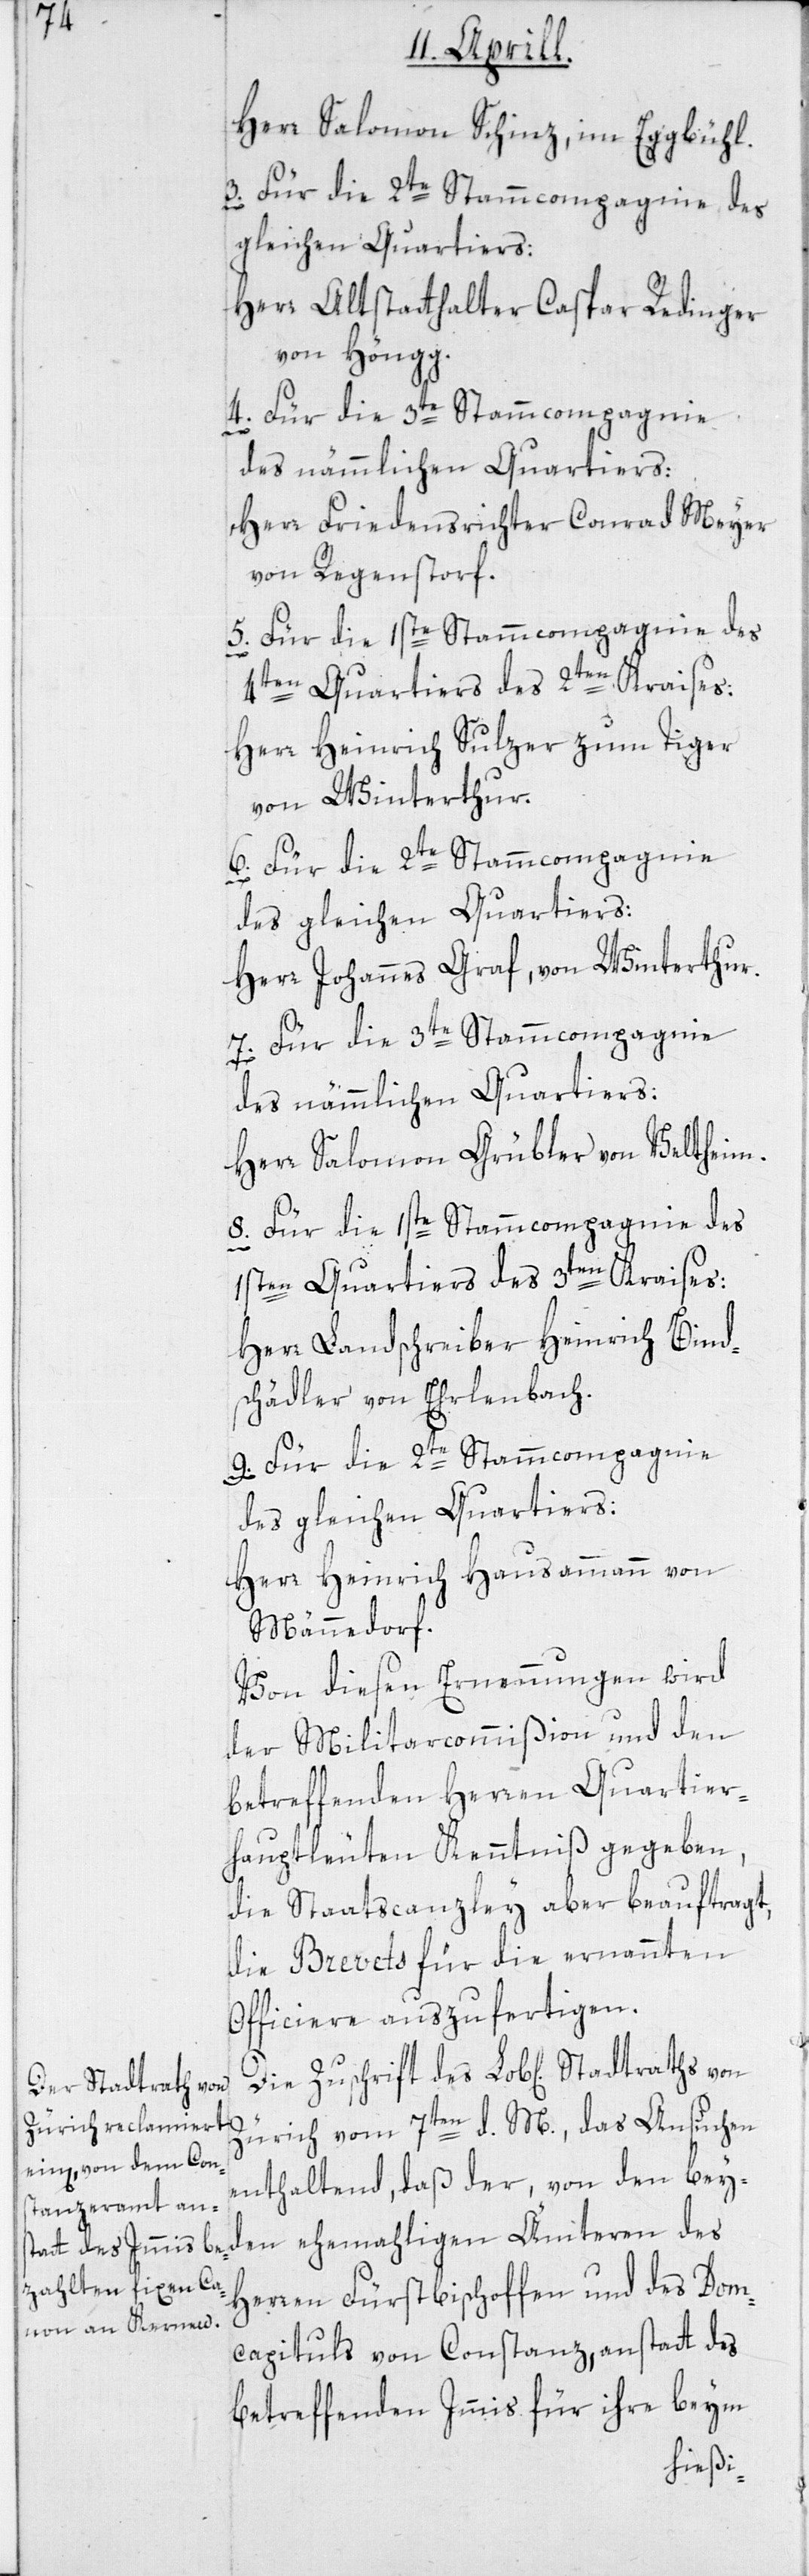
Herr Salomon Schinz, im Eggbühl.
3. Für die 2te Stammcompagnie des
gleichen Quartiers:
Herr Altstatthalter Caspar Redinger
von Höngg.
des nämmlichen Quartiers:
Herr Friedensrichter Conrad Meyer
von Regenstorf.
5. Für die 1ste Stammcompagnie des
4ten Quartiers des 2ten Kraises:
Herr Heinrich Sulzer zum Tiger
von Winterthur.
9. Für die 2te Stammcompagnie
des gleichen Quartiers:
Herr Johannes Graf, von Winterthur.
des nämmlichen Quartiers:
Herr Salomon Grübler von Veltheim.
8. Für die 1ste Stammcompagnie des
1sten Quartiers des 3ten Kraises:
Herr Landschreiber Heinrich Bind¬
schädler von Ehrlenbach.
des gleichen Quartiers:
Herr Heinrich Hausammann von
Männedorf.
Von diesen Ernennungen wird
der Militarcommißion und den
betreffenden Herren Quartier¬
hauptleuten Kenntniß gegeben,
die Staatscanzley aber beauftragt,
die Brevets für die ernannten
Officiere auszufertigen.
Zürich vom 7ten d. M., das Ansuchen
enthaltend, daß der, von den bey¬
den ehemahligen Ämteren des
Herren Fürstbischoffen und des Dom¬
capituls von Constanz, anstatt des
betreffenden Immis für ihre beim